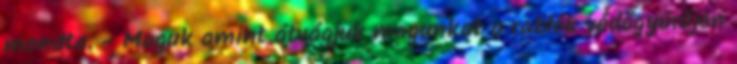
mondta. - Maguk amint átvágjuk magunkat a rablók védőgyűrűjén